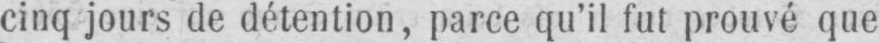
cinq jours de détention, parce qu’il fut prouvé que